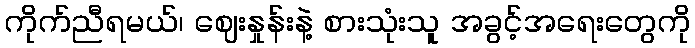
ကိုက်ညီရမယ်၊ ဈေးနှုန်းနဲ့ စားသုံးသူ အခွင့်အရေးတွေကို